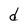
Character: d